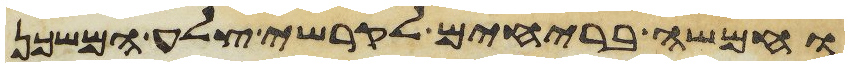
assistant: וחמשה בריחים לקרשי צלע המשכן